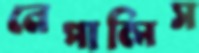
নেপালিস